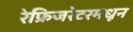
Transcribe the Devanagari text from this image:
रेफ्रिजरेटरमधून